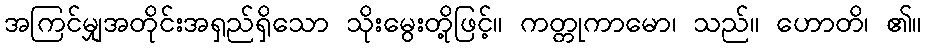
အကြင်မျှအတိုင်းအရှည်ရှိသော သိုးမွေးတို့ဖြင့်။ ကတ္တုကာမော၊ သည်။ ဟောတိ၊ ၏။